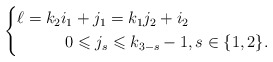
\begin{align*} \left\{ \begin{aligned} \ell = k_2i_1 &+ j_1 = k_1 j_2 + i_2\\ 0&\leqslant j_s \leqslant k_{3-s}-1, s \in \{1, 2\}. \end{aligned} \right. \end{align*}